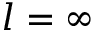
l = \infty